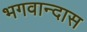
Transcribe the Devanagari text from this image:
भगवान्दास